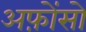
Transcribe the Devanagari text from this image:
अफ़ोंसो